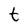
Character: t